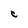
Character: C